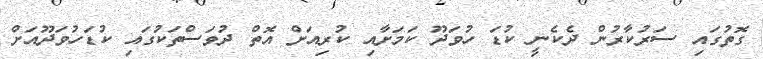
ގޮތުގައި ސަރުކާރުން ދެކެނީ ކުޑަ ހުވަދޫ ކަމަށާއި ކުރިއަށް އޮތް ދުވަސްތަކުގައި ކުޑަހުވަދޫއަށް